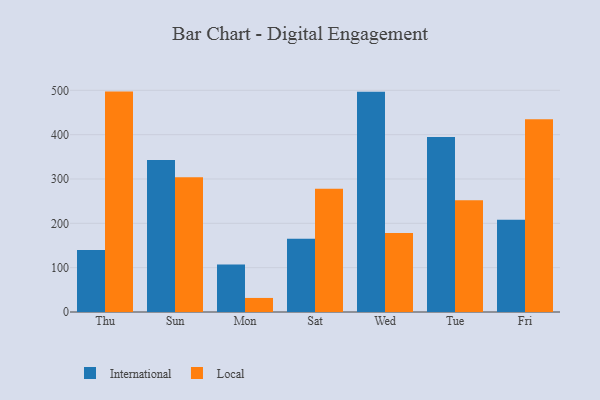
{"axis": {"x": "Day", "y": "Inventory Turnover"}, "legend": ["International", "Local"], "data": [{"x": "Thu", "y": 139.6, "type": "International"}, {"x": "Thu", "y": 497.1, "type": "Local"}, {"x": "Sun", "y": 342.8, "type": "International"}, {"x": "Sun", "y": 303.7, "type": "Local"}, {"x": "Mon", "y": 107.0, "type": "International"}, {"x": "Mon", "y": 31.7, "type": "Local"}, {"x": "Sat", "y": 165.0, "type": "International"}, {"x": "Sat", "y": 278.2, "type": "Local"}, {"x": "Wed", "y": 496.5, "type": "International"}, {"x": "Wed", "y": 178.4, "type": "Local"}, {"x": "Tue", "y": 394.8, "type": "International"}, {"x": "Tue", "y": 252.1, "type": "Local"}, {"x": "Fri", "y": 208.1, "type": "International"}, {"x": "Fri", "y": 434.5, "type": "Local"}]}